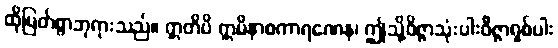
ထိုမြတ်စွာဘုရားသည်။ ဣတိပိ ဣမိနာစကာရဏေန၊ ဤသို့ဝိဇ္ဇာသုံးပါးဝိဇ္ဇာရှစ်ပါး